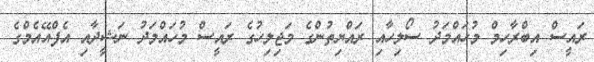
ރައީސް އިބްރާހިމް މުހައްމަދު ސޯލިހާއި ރައްޔިތުންގެ މަޖިލިހުގެ ރައީސް މުހައްމަދު ނަޝީދާއި އެފްއޭއެމްގެ